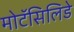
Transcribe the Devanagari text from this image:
मोटॅसिलिडे